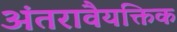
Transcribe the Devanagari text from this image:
अंतरावैयक्तिक